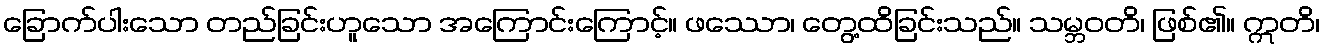
ခြောက်ပါးသော တည်ခြင်းဟူသော အကြောင်းကြောင့်။ ဖဿော၊ တွေ့ထိခြင်းသည်။ သမ္ဘဝတိ၊ ဖြစ်၏။ ဣတိ၊